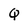
Character: Q